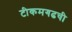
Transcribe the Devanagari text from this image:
टीकमगढची